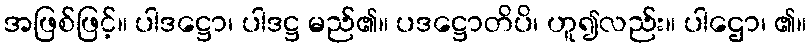
အဖြစ်ဖြင့်။ ပါဒဋ္ဌော၊ ပါဒဋ္ဌ မည်၏။ ပဒဋ္ဌောတိပိ၊ ဟူ၍လည်း။ ပါဌော၊ ၏။